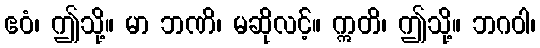
ဧဝံ၊ ဤသို့။ မာ ဘဏိ၊ မဆိုလင့်။ ဣတိ၊ ဤသို့။ ဘဂဝါ၊